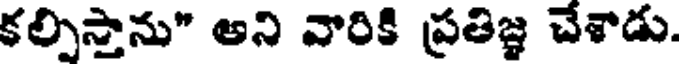
కల్పిస్తాను" అని వారికి ప్రతిజ్ఞ చేశాడు.